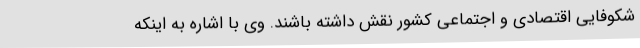
شکوفایی اقتصادی و اجتماعی کشور نقش داشته باشند. وی با اشاره به اینکه